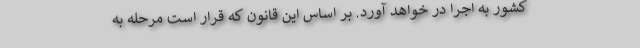
کشور به اجرا در خواهد آورد. بر اساس این قانون که قرار است مرحله به